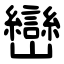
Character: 巒